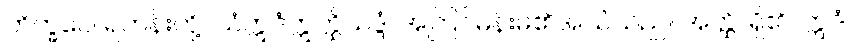
ဘိက္ခဝေ၊ ရဟန်းတို့။ ယံဣဒံဣတ္ထိသဒ္ဒံ၊ အကြင်မိန်းမ၏အသံသည်။ အတ္ထိ၊ ရှိ၏။ ဣဒံ၊